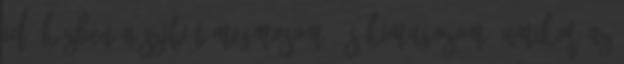
Idő közben a szilvát megmosom, és kimagozom. Amikor az